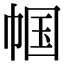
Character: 帼